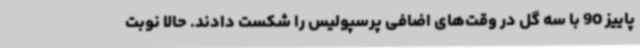
پاییز 90 با سه گل در وقت‌های اضافی پرسپولیس را شکست دادند. حالا نوبت